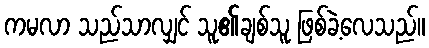
ကမလာ သည်သာလျှင် သူ၏ချစ်သူ ဖြစ်ခဲ့လေသည်။